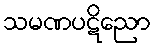
သမဏပဋိညော